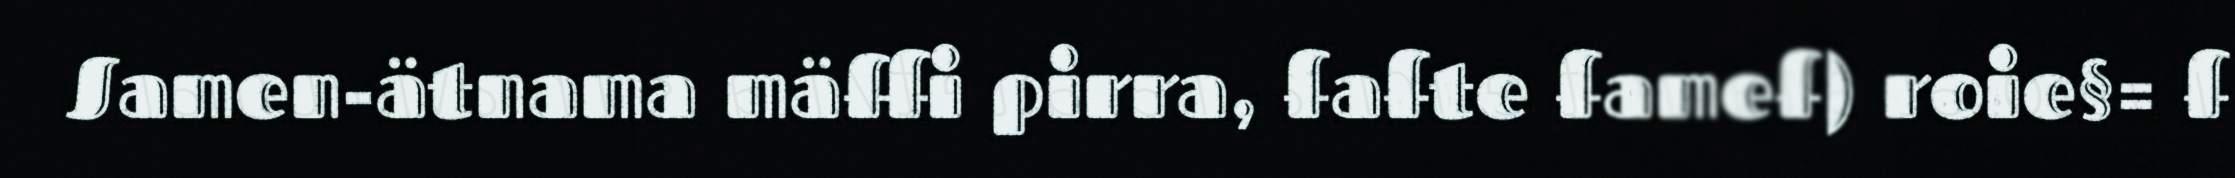
Samen-ätnama mäffi pirra, fafte famef) roie§= f